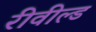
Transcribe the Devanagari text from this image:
रीवील्ड